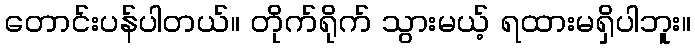
တောင်းပန်ပါတယ်။ တိုက်ရိုက် သွားမယ့် ရထားမရှိပါဘူး။